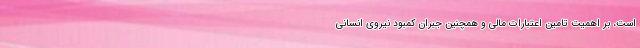
است، بر اهمیت تامین اعتبارات مالی و همچنین جبران کمبود نیروی انسانی